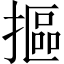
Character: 摳